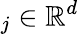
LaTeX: _j\in\mathbb R^{d}